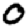
Digit: 0